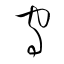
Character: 守